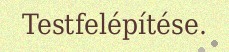
Testfelépítése.